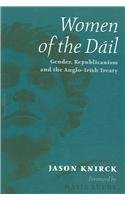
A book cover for Women of the Dail; Jason Knirck; Gay & Lesbian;